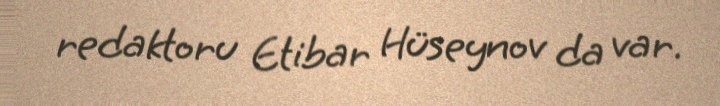
redaktoru Etibar Hüseynov da var.